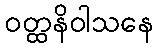
ဝတ္ထနိဝါသနေ